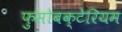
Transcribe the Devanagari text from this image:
फुसोबक्टेरियम